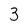
Character: 3